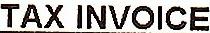
TAX INVOICE